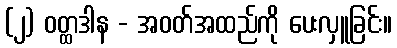
(၂) ဝတ္ထဒါန - အဝတ်အထည်ကို ပေးလှူခြင်း။